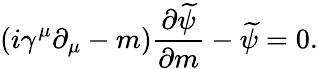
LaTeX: (i\gamma^{\mu}\partial_{\mu}-m)\frac{\partial\widetilde{\psi}}{\partial m}-\widetilde{\psi}=0.